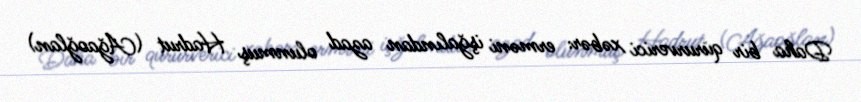
Daha bir qürurverici xəbər: erməni işğalından azad olunmuş Hadrut (Ağaoğlan)